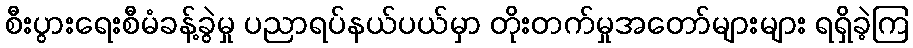
စီးပွားရေးစီမံခန့်ခွဲမှု ပညာရပ်နယ်ပယ်မှာ တိုးတက်မှုအတော်များများ ရရှိခဲ့ကြ